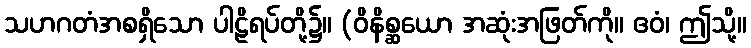
သဟဂတံအစရှိသော ပါဠိရပ်တို့၌။ (ဝိနိစ္ဆယော အဆုံးအဖြတ်ကို။ ဧဝံ၊ ဤသို့။